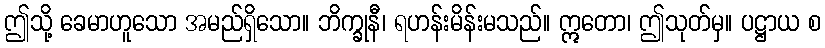
ဤသို့ ခေမာဟူသော အမည်ရှိသော။ ဘိက္ခုနီ၊ ရဟန်းမိန်းမသည်။ ဣတော၊ ဤသုတ်မှ။ ပဋ္ဌာယ စ